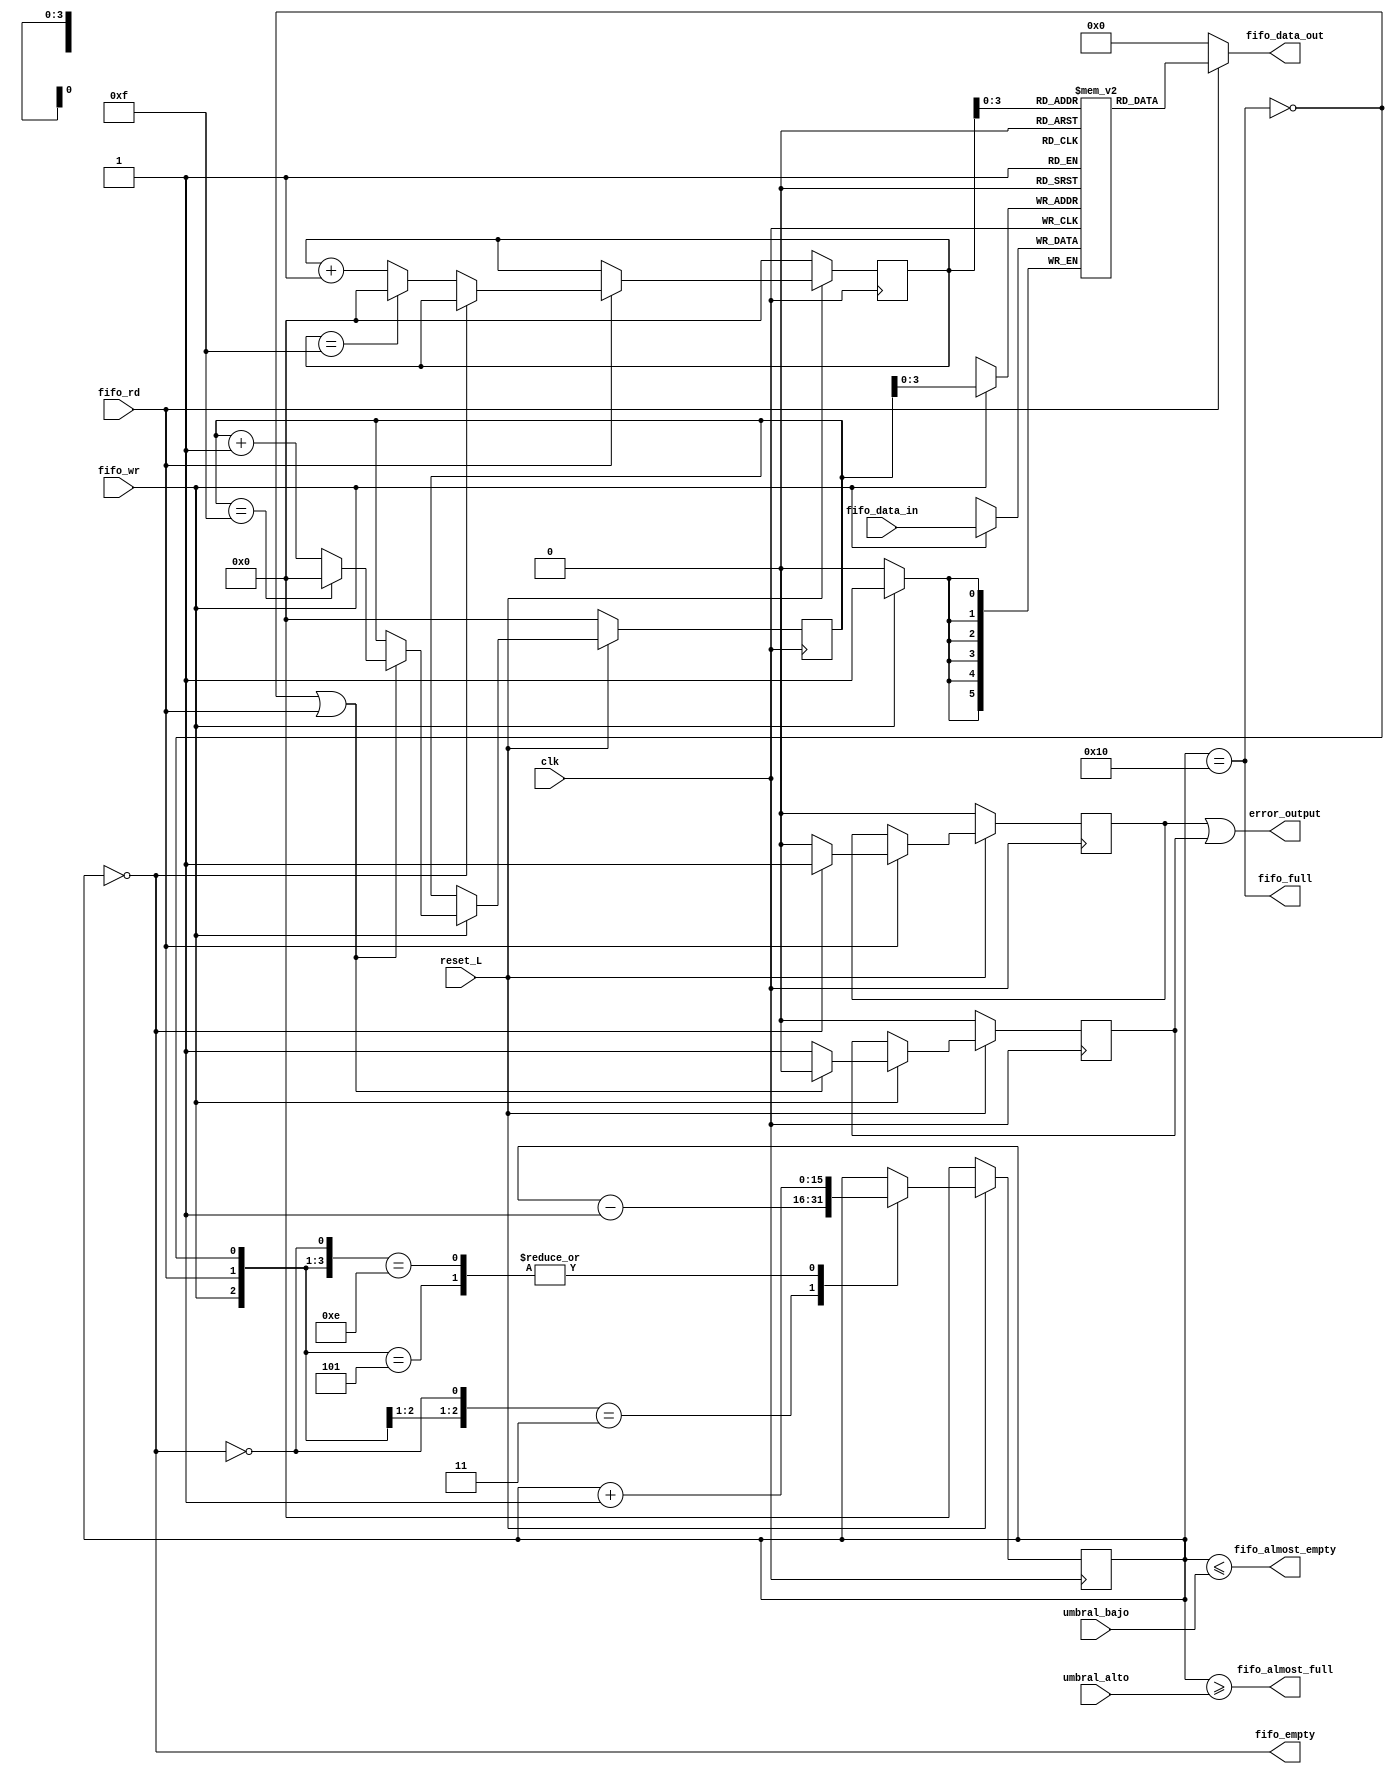
module fifo16_cond #(
parameter		BW=6,	// Byte/data width
parameter [15:0]	LEN=16,
parameter TOL = 1)

(
	
	input	wire					clk, reset_L,
	input	wire					fifo_wr,
	input	wire [(BW-1):0]			fifo_data_in,
	input	wire					fifo_rd,
	input 	wire [(LEN-1):0]		umbral_bajo,
	input 	wire [(LEN-1):0]		umbral_alto,
	output	reg [(BW-1):0]			fifo_data_out,
	output  reg 					error_output,
	output   						fifo_full,
	output   						fifo_empty,
	output   						fifo_almost_full,
	output   						fifo_almost_empty);

	reg	[(LEN-1):0] rdaddr, wraddr, o_fill;
	reg	[(BW-1):0]	mem	[0:(LEN-1)];
	reg overrun, underrun;
	wire full, empty;
	wire [(LEN-1):0] nxtaddr;


	always @(posedge clk)
		if (fifo_wr)
			mem[wraddr] <= fifo_data_in;


	always @(*) begin
		fifo_data_out = 0;
		if (fifo_rd) begin
			fifo_data_out = mem[rdaddr];
		end
	end



	always @(posedge clk)
		if (~reset_L)
		begin
			wraddr <= 0;
			overrun  <= 0;
		end else if (fifo_wr)
		begin
			// Update the FIFO write address any time a write is made to
			// the FIFO and it's not FULL.
			//
			// OR any time a write is made to the FIFO at the same time a
			// read is made from the FIFO.
			if ((!full)||(fifo_rd)) begin
				if (wraddr == LEN-1) begin
					wraddr <=0;
				end else begin
					wraddr <= (wraddr + 1'b1);
				end
				overrun <= 0;
			end
			else
				overrun <= 1'b1;
		end


	always @(posedge clk)
		if (~reset_L)
		begin
			rdaddr <= 0;
			underrun <= 0;
		end else if (fifo_rd)
		begin
			// On any read request, increment the pointer if the FIFO isn't
			// empty--independent of whether a write operation is taking
			// place at the same time.
			if (!empty) begin
				if (rdaddr == LEN-1)begin
					rdaddr <= 0;
				end else begin
					rdaddr <= rdaddr + 1'b1;
				end
				underrun <= 0;
			end
			else
				// If a read is requested, but the FIFO was empty, set
				// an underrun error flag.
				underrun <= 1'b1;
		end


	always @(posedge clk) begin
		if (~reset_L)
		begin
			o_fill <= 0;
		end else casez({ fifo_wr, fifo_rd, !full, !empty })
		4'b01?1: o_fill <= o_fill - 1'b1;	// A successful read
		4'b101?: o_fill <= o_fill + 1'b1;	// A successful write
		4'b1110: o_fill <= o_fill + 1'b1;	// Successful write, failed read
		// 4'b11?1: Successful read *and* write -- no change
		default: o_fill <= o_fill;	// Default, no change
		endcase
	end
	
	always @(*)begin
		error_output = underrun | overrun;
	end

	assign	nxtaddr = wraddr + 1'b1;
	assign	full  = (o_fill == LEN);
	assign	empty = (o_fill == 0);
	assign  fifo_full = full;
	assign  fifo_empty = empty;
	assign 	fifo_almost_empty = (o_fill <= umbral_bajo);
	assign 	almost_full = (o_fill >= umbral_alto);
	assign 	fifo_almost_full = almost_full;

	
endmodule